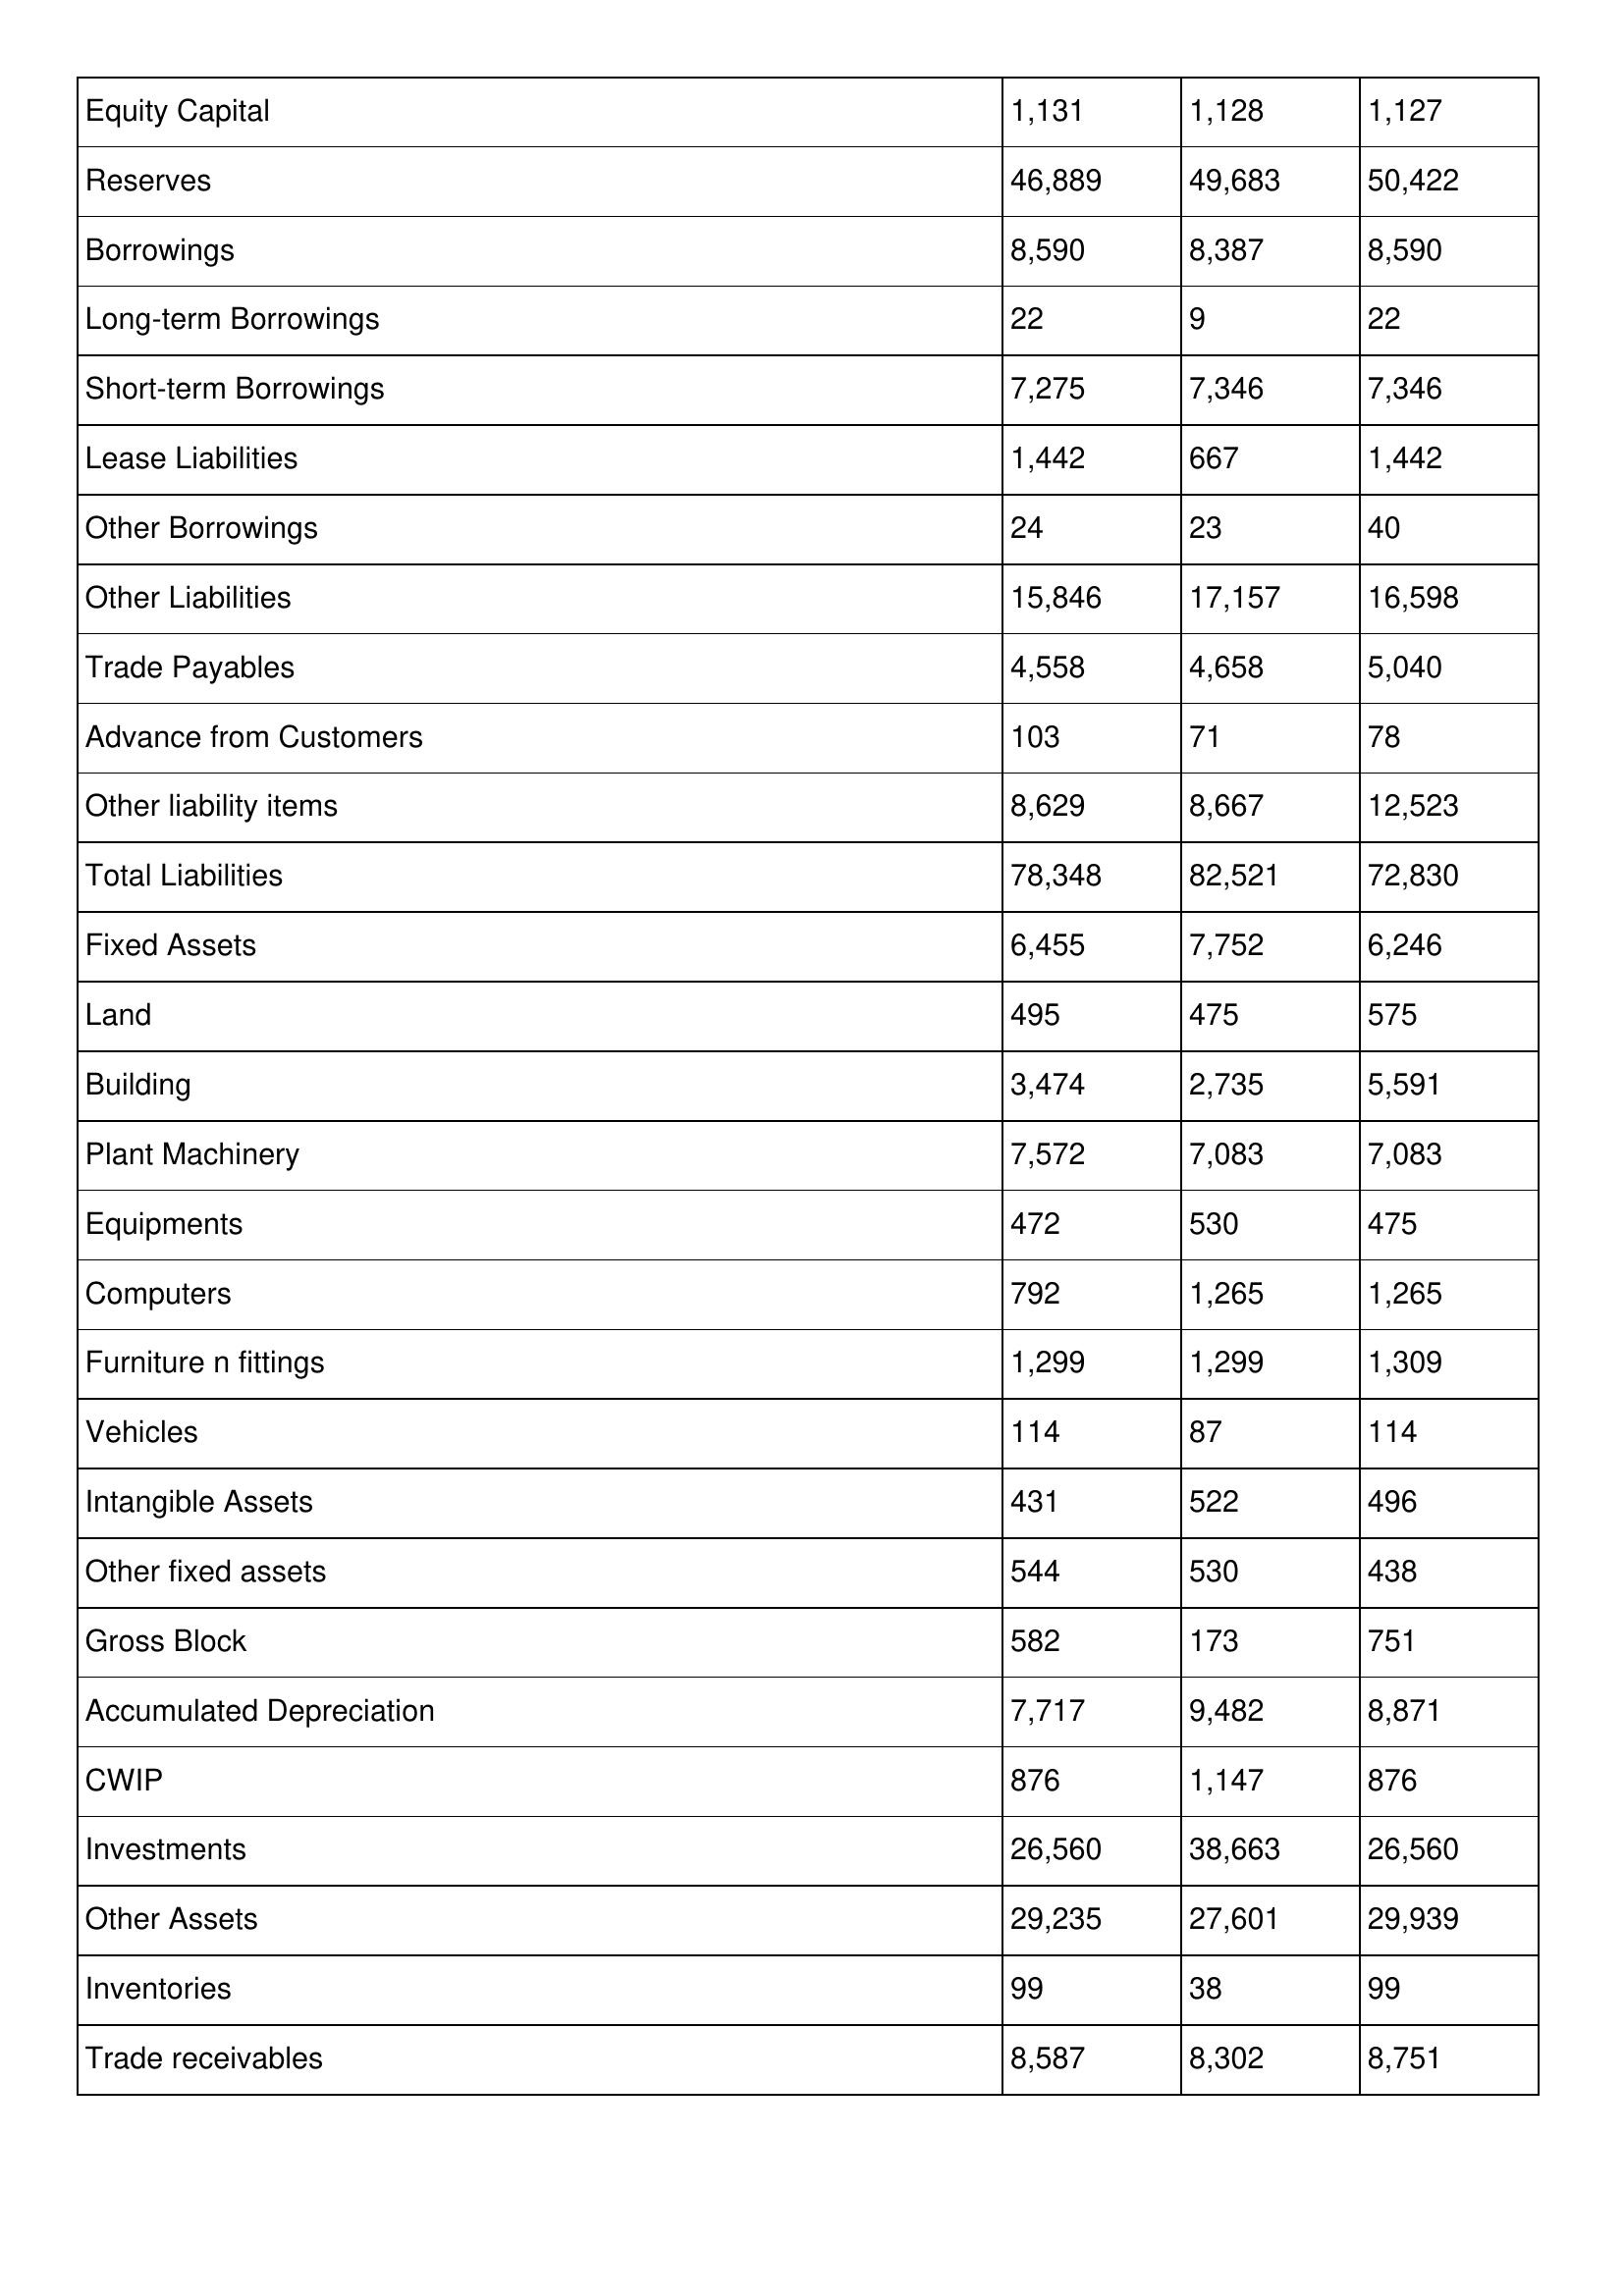
gt_parse: 2007: Balance Sheet: Equity Capital: 1,131
Reserves: 46,889
Borrowings: 8,590
Long-term Borrowings: 22
Short-term Borrowings: 7,275
Lease Liabilities: 1,442
Other Borrowings: 24
Other Liabilities: 15,846
Trade Payables: 4,558
Advance from Customers: 103
Other liability items: 8,629
Total Liabilities: 78,348
Fixed Assets: 6,455
Land: 495
Building: 3,474
Plant Machinery: 7,572
Equipments: 472
Computers: 792
Furniture n fittings: 1,299
Vehicles: 114
Intangible Assets: 431
Other fixed assets: 544
Gross Block: 582
Accumulated Depreciation: 7,717
CWIP: 876
Investments: 26,560
Other Assets: 29,235
Inventories: 99
Trade receivables: 8,587
2006: Balance Sheet: Equity Capital: 1,128
Reserves: 49,683
Borrowings: 8,387
Long-term Borrowings: 9
Short-term Borrowings: 7,346
Lease Liabilities: 667
Other Borrowings: 23
Other Liabilities: 17,157
Trade Payables: 4,658
Advance from Customers: 71
Other liability items: 8,667
Total Liabilities: 82,521
Fixed Assets: 7,752
Land: 475
Building: 2,735
Plant Machinery: 7,083
Equipments: 530
Computers: 1,265
Furniture n fittings: 1,299
Vehicles: 87
Intangible Assets: 522
Other fixed assets: 530
Gross Block: 173
Accumulated Depreciation: 9,482
CWIP: 1,147
Investments: 38,663
Other Assets: 27,601
Inventories: 38
Trade receivables: 8,302
2005: Balance Sheet: Equity Capital: 1,127
Reserves: 50,422
Borrowings: 8,590
Long-term Borrowings: 22
Short-term Borrowings: 7,346
Lease Liabilities: 1,442
Other Borrowings: 40
Other Liabilities: 16,598
Trade Payables: 5,040
Advance from Customers: 78
Other liability items: 12,523
Total Liabilities: 72,830
Fixed Assets: 6,246
Land: 575
Building: 5,591
Plant Machinery: 7,083
Equipments: 475
Computers: 1,265
Furniture n fittings: 1,309
Vehicles: 114
Intangible Assets: 496
Other fixed assets: 438
Gross Block: 751
Accumulated Depreciation: 8,871
CWIP: 876
Investments: 26,560
Other Assets: 29,939
Inventories: 99
Trade receivables: 8,751